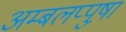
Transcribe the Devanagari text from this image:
अम्बलप्पुष़ा